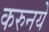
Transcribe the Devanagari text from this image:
करुनये